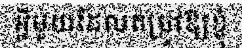
អ្វីមួយដែលតម្រូវឱ្យខ្ញុំ